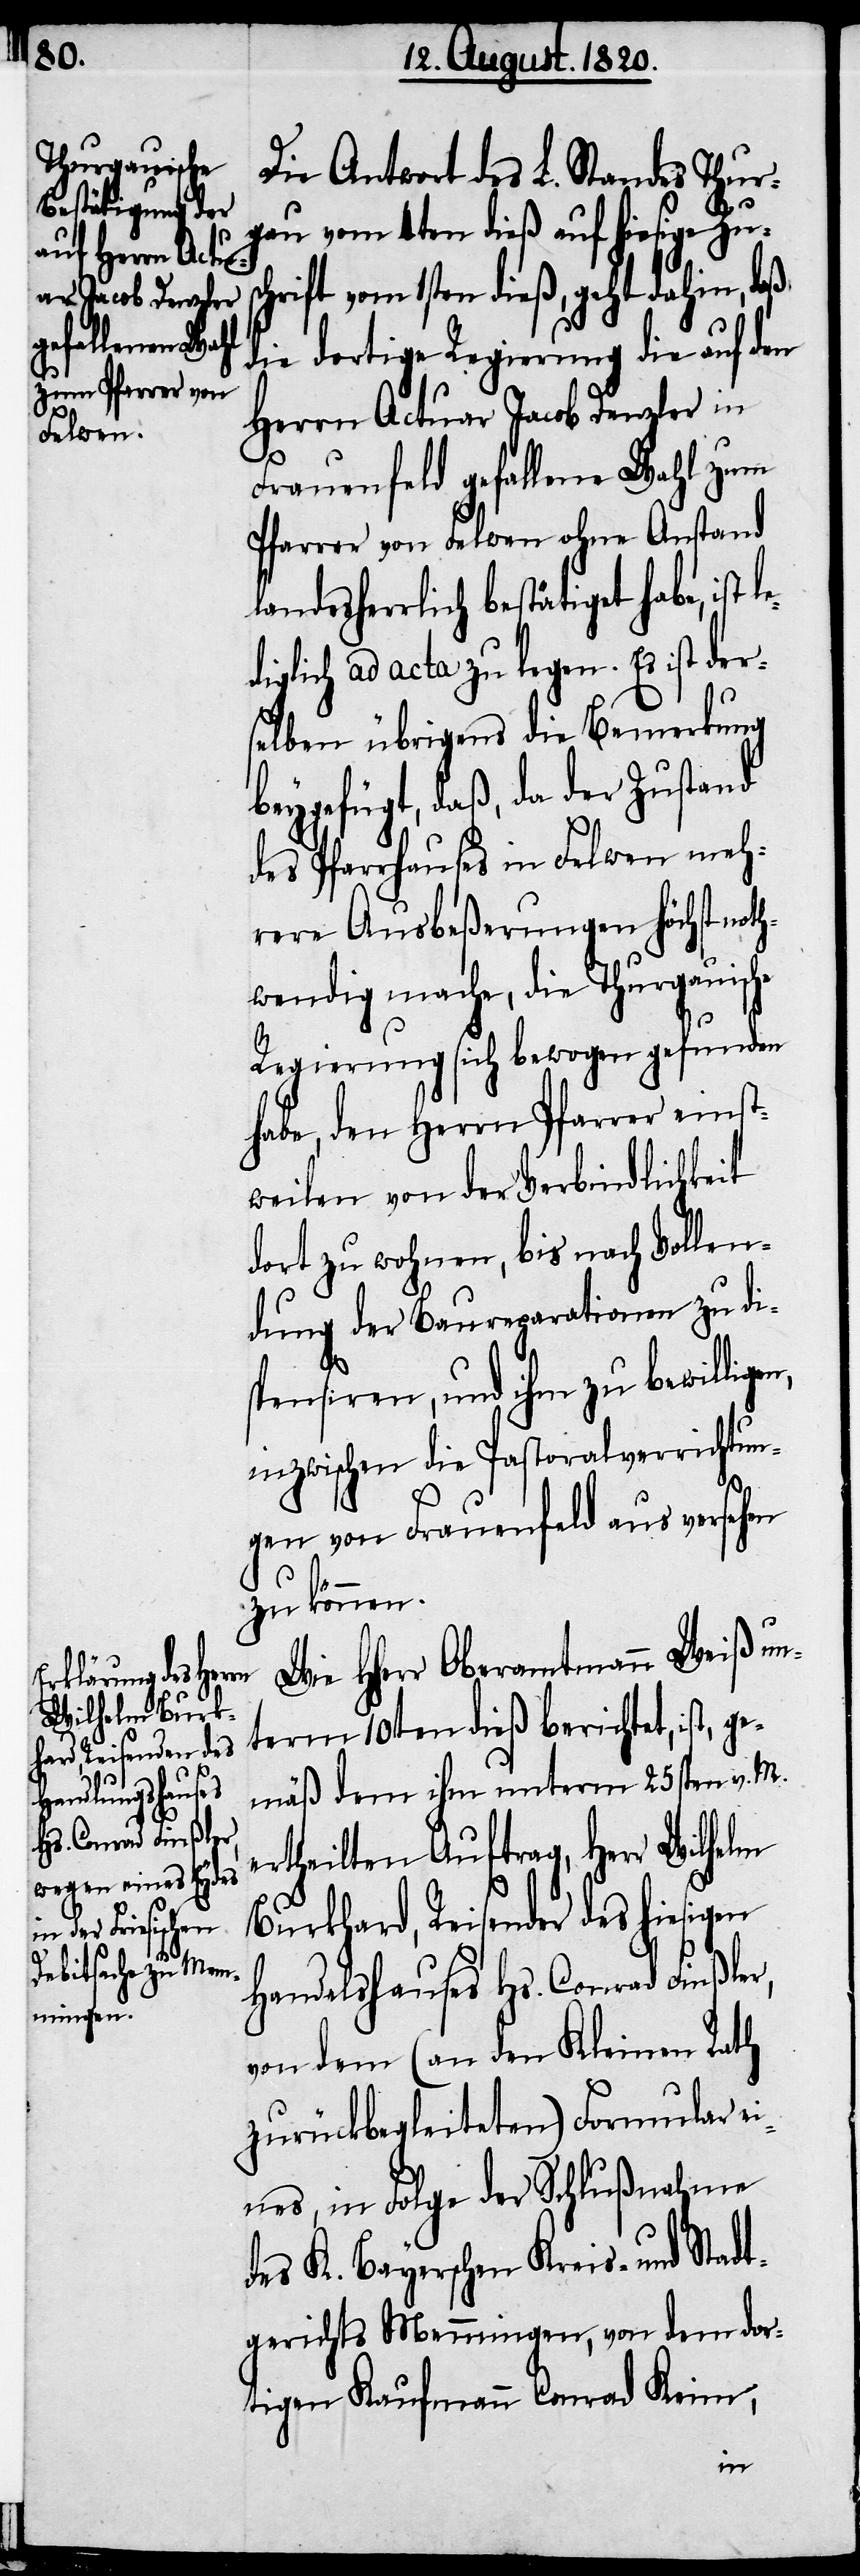
Die Antwort des L. Standes Thur¬
gau vom 4ten dieß auf hiesige Zus¬
chrift vom 1sten dieß, geht dahin, daß,
die dortige Regierung die auf den
Herrn Actuar Jacob Denzler in
Frauenfeld gefallene Wahl zum
Pfarrer von Felwen ohne Anstand
landesherrlich bestätiget habe, ist
diglich ad acta zu legen. Es ist der¬
selben übrigens die Bemerkung
beygefügt, daß, da der Zustand
des Pfarrhauses in Felwen meh¬
rere Ausbeßerungen höchst noth¬
wendig mache, die Thurgauische
Regierung sich bewogen gefunden
habe, den Herrn Pfarrer einst¬
weilen von der Verbindlichkeit
dort zu wohnen, bis nach Vollen¬
dung der Baureparationen zu di¬
spensiren, und ihm zu bewillig¬
inzwischen die Pastoralverrichtun¬
gen von Frauenfeld aus vorsehen
zu können.
HHerr Oberamtmann Weiß un¬
term 10ten dieß berichtet, ist, g¬
emäß dem ihm unterm 25sten v. M.
ertheilten Auftrag, Herr Wilhelm
Burkhard, Reisender des hiesigen
Handelshauses Hs. Conrad Finßler,
von dem (an den Kleinen Rath
zurückbegleiteten) Formular e¬
ines, in Folge der Schlußnahme
des K. Bayerschen Kreis- und Stadt¬
gerichts Memmingen, von dem dor¬
tigen Kaufmann Conrad Keim,
en,